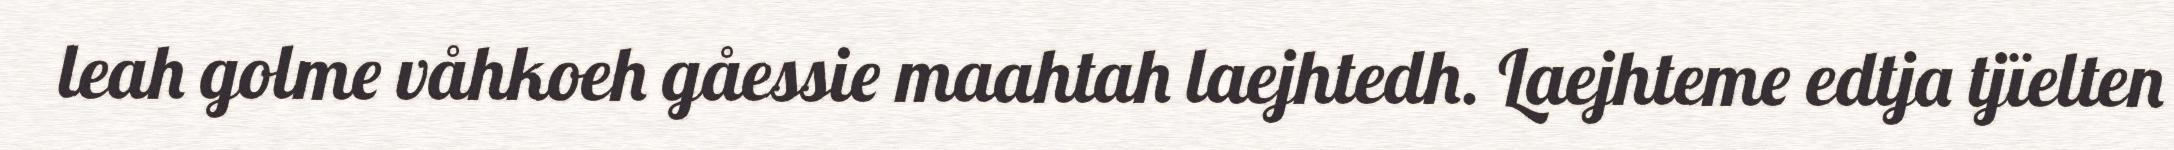
leah golme våhkoeh gåessie maahtah laejhtedh. Laejhteme edtja tjïelten